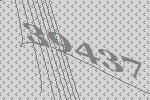
39437